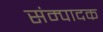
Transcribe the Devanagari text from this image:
संम्पादक